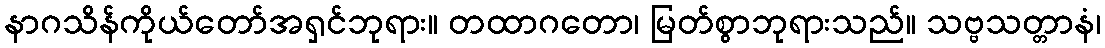
နာဂသိန်ကိုယ်တော်အရှင်ဘုရား။ တထာဂတော၊ မြတ်စွာဘုရားသည်။ သဗ္ဗသတ္တာနံ၊